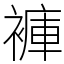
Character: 褲